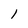
Character: 1